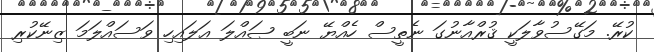
ކުރޭ. މަގޭސުވާލަކީ ޤުރްއާނުގަ ނެތީސް ހެއްޔޭ ނަބީ ޞައްލަ ޢަލައިހި ވަސައްލަމަ ޒިނޭކުރި